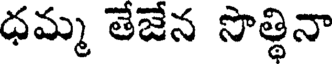
ధమ్మ తేజేన సొత్థినా